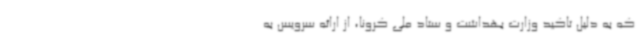
که به دلیل تاکید وزارت بهداشت و ستاد ملی کرونا، از ارائه سرویس به